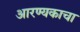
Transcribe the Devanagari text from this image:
आरण्यकाचा